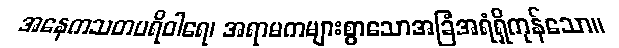
အနေကသတပရိဝါရေ၊ အရာမကများစွာသောအခြံအရံရှိကုန်သော။